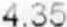
4.35